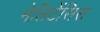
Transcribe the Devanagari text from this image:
मेलिटेंसिस